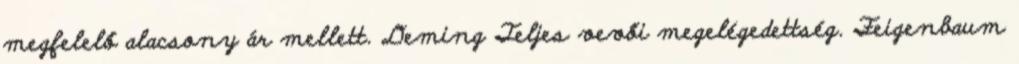
megfelelő alacsony ár mellett. Deming Teljes vevői megelégedettség. Feigenbaum